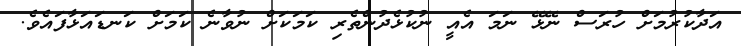
އަދާކުރުމަށް ހުރަސް ނޭޅޭ ނަމަ އެއީ ނުކުޅެދުންތެރި ކަމަކަށް ނުވާނެ ކަމަށް ކަނޑައަޅާފައެވެ.